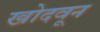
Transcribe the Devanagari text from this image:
खोदवून